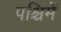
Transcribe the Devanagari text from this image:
पश्चिमें